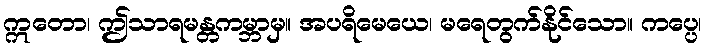
ဣတော၊ ဤသာရမန္တကမ္ဘာမှ။ အပရိမေယေ၊ မရေတွက်နိုင်သော။ ကပ္ပေ၊